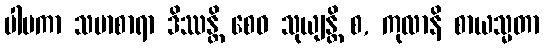
ပါပကာ သမာစာရာ ဒိဿန္တိ စေဝ သုယျန္တိ စ, ကုလာနိ စာယသ္မတာ